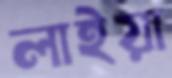
লাইয়া